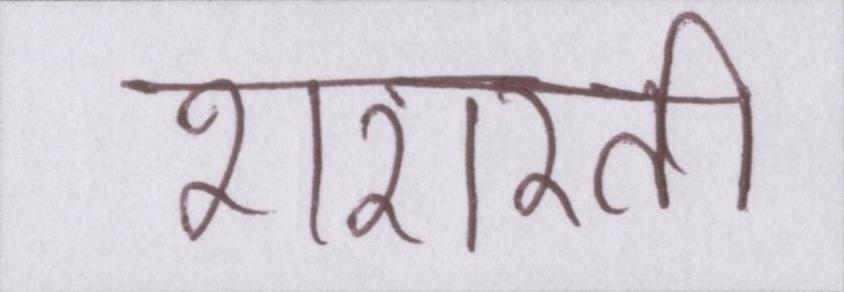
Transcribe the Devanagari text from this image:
शरारती